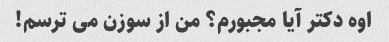
اوه دکتر آیا مجبورم؟ من از سوزن می ترسم!